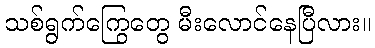
သစ်ရွက်ကြွေတွေ မီးလောင်နေပြီလား။